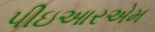
પીઇઆરએમ